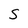
Character: S